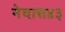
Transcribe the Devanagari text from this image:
मेघास४३